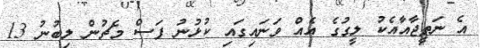
އެ ނަތީޖާއާއެކު ލީގުގެ އެއް ވަނައިގައި ކުޅުނު ފަސް މެޗުން ލިބުނު 13